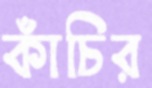
কাঁচির